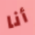
أنا